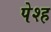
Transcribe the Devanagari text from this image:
पेश्ह